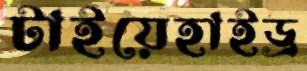
টাইয়েহাইড্র